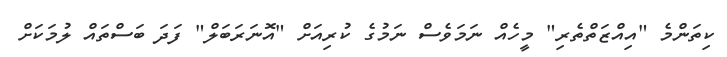
ކިތަންމެ "އިއްޒަތްތެރި" މީހެއް ނަމަވެސް ނަމުގެ ކުރިއަށް "އޮނަރަބަލް" ފަދަ ބަސްތައް ލުމަކަށް